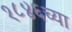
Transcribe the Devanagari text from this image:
१८४६च्या